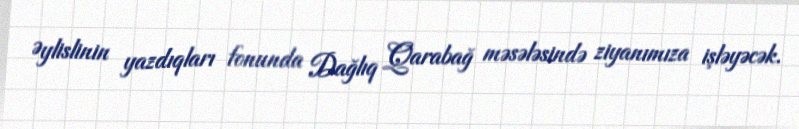
Əylislinin yazdıqları fonunda Dağlıq Qarabağ məsələsində ziyanımıza işləyəcək.